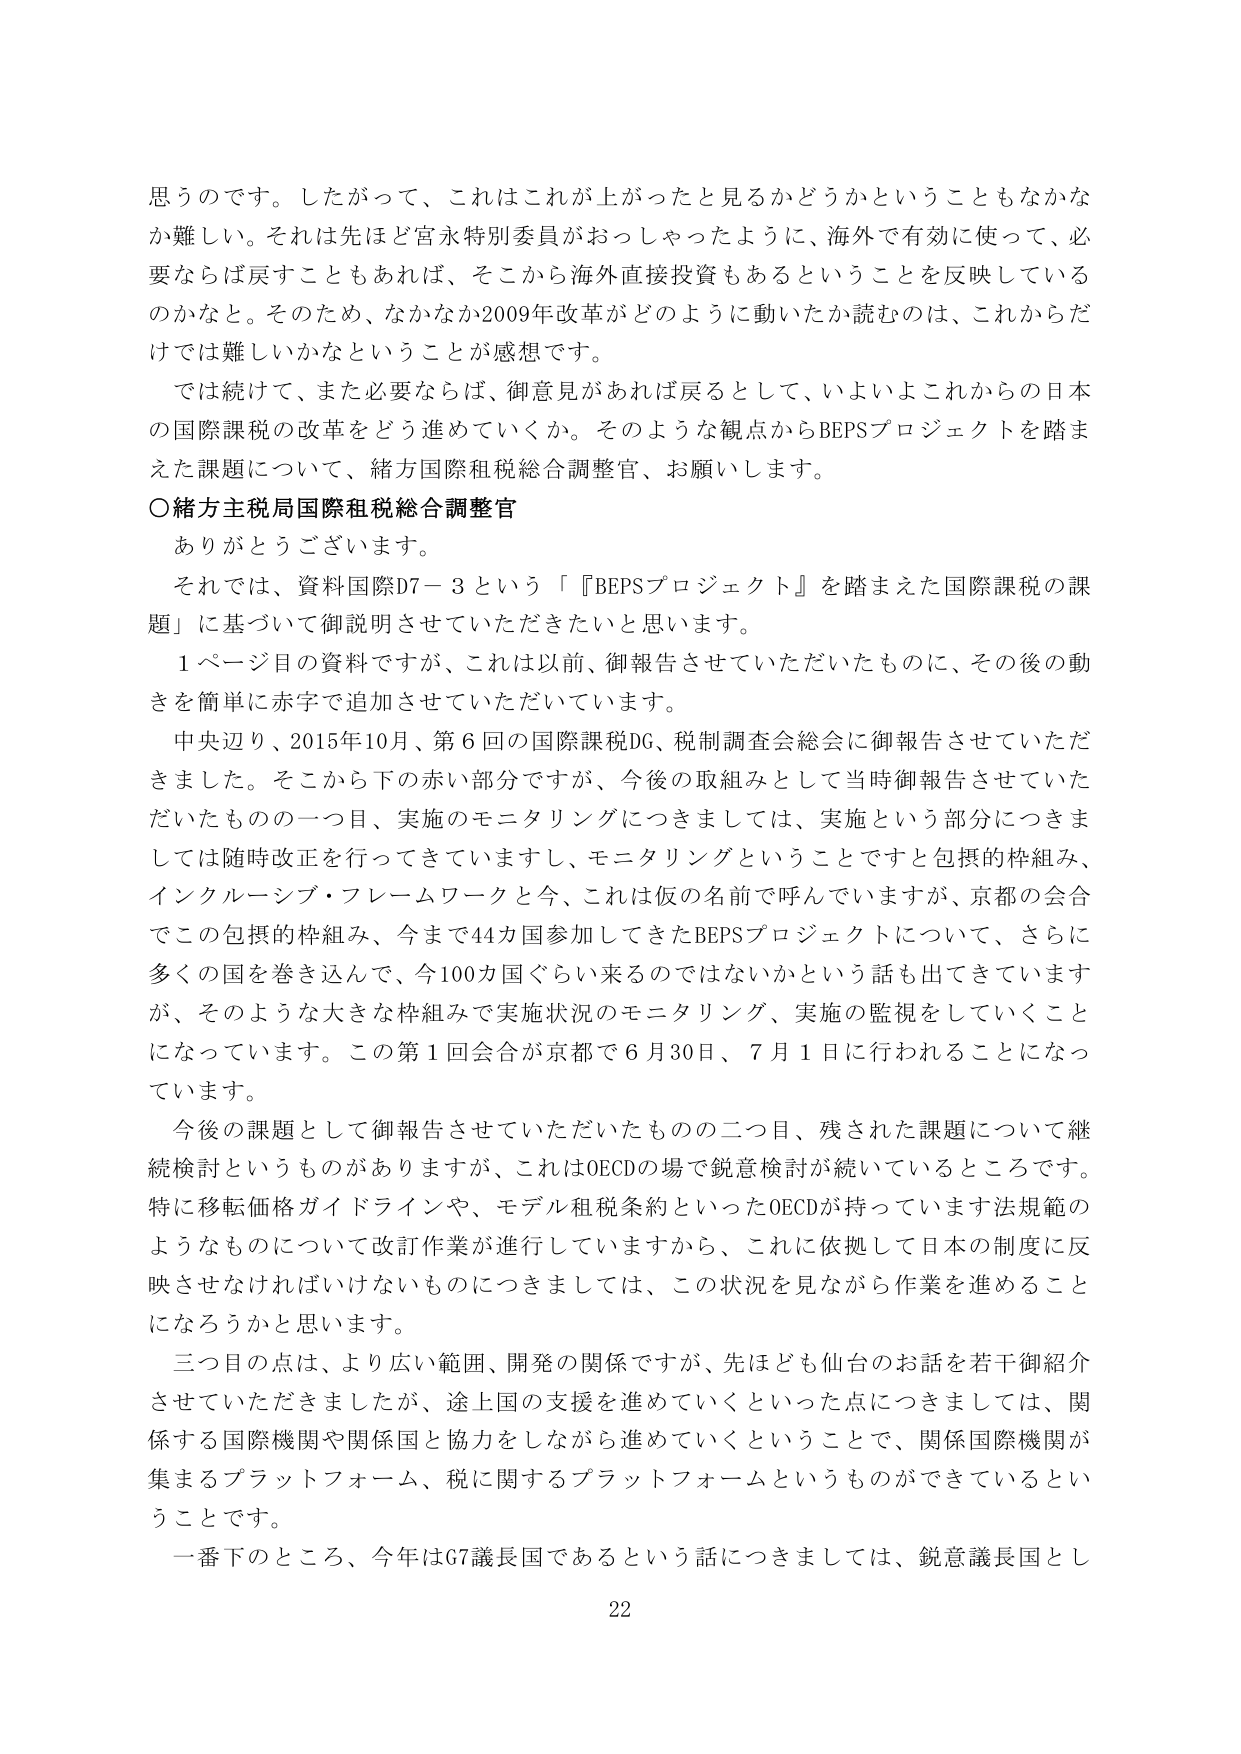
思うのです。したがって、これはこれが上がったと見るかどうかということもなかなか難しい。それは先ほど宮永特別委員がおっしゃったように、海外で有効に使って、必要ならば戻すこともあれば、そこから海外直接投資もあるということを反映しているのかなと。そのため、なかなか2009年改革がどのように動いたか読むのは、これからだけでは難しいかなということが感想です。

では続けて、また必要ならば、御意見があれば戻るとして、いよいよこれからの日本の国際課税の改革をどう進めていくか。そのような観点からBEPSプロジェクトを踏まえた課題について、緒方国際租税総合調整官、お願いします。

○緒方主税局国際租税総合調整官

ありがとうございます。

それでは、資料国際D7－3という「『BEPSプロジェクト』を踏まえた国際課税の課題」に基づいて御説明させていただきたいと思います。

1ページ目の資料ですが、これは以前、御報告させていただいたものに、その後の動きを簡単に赤字で追加させていただいています。

中央辺り、2015年10月、第6回の国際課税DG、税制調査会総会に御報告させていただきました。そこから下の赤い部分ですが、今後の取組みとして当時御報告させていただいたものの一つ目、実施のモニタリングにつきましては、実施という部分につきましては随時改正を行ってきていますし、モニタリングということですと包摂的枠組み、インクルーシブ・フレームワークと今、これは仮の名前で呼んでいますが、京都の会合でこの包摂的枠組み、今まで44カ国参加してきたBEPSプロジェクトについて、さらに多くの国を巻き込んで、今100カ国ぐらい来るのではないかという話も出てきていますが、そのような大きな枠組みで実施状況のモニタリング、実施の監視をしていくことになっています。この第1回会合が京都で6月30日、7月1日に行われることになっています。

今後の課題として御報告させていただいたものの二つ目、残された課題について継続検討というものがありますが、これはOECDの場で鋭意検討が続いているところです。特に移転価格ガイドラインや、モデル租税条約といったOECDが持っています法規範のようなものについて改訂作業が進行していますから、これに依拠して日本の制度に反映させなければならないものにつきましては、この状況を見ながら作業を進めることになろうかと思います。

三つ目の点は、より広い範囲、開発の関係ですが、先ほども仙台のお話を若干御紹介させていただきましたが、途上国の支援を進めていくといった点につきましては、関係する国際機関や関係国と協力をしながら進めていくということで、関係国際機関が集まるプラットフォーム、税に関するプラットフォームというものができているということです。

一番下のところ、今年はG7議長国であるという話につきましては、鋭意議長国とし

22